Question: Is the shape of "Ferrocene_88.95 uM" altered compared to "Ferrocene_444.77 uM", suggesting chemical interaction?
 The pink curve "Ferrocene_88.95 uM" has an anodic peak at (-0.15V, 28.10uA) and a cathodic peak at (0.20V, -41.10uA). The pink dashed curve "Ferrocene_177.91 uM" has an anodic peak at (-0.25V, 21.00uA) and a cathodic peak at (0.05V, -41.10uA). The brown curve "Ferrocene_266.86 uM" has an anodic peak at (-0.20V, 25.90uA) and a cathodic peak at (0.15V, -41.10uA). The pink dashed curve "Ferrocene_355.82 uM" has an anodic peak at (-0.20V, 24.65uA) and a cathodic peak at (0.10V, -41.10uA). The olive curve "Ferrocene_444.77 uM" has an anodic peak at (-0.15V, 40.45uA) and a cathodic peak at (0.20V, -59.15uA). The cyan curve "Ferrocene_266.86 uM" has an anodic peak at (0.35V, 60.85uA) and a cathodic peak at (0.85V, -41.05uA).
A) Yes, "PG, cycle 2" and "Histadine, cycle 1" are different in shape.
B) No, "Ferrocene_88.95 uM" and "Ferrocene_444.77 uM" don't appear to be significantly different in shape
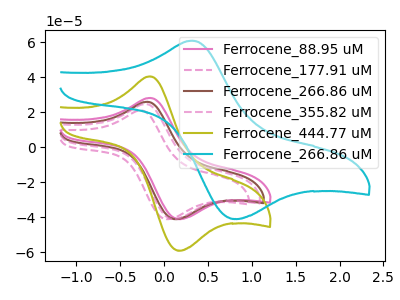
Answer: <think>All the peaks in "Ferrocene_88.95 uM" have a peak in "Ferrocene_444.77 uM" at the same potential. Every peak in "Ferrocene_88.95 uM" is lower than every peak in "Ferrocene_444.77 uM".
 </think>
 <answer>B) No, "Ferrocene_88.95 uM" and "Ferrocene_444.77 uM" don't appear to be significantly different in shape</answer>
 <eval>B</eval>